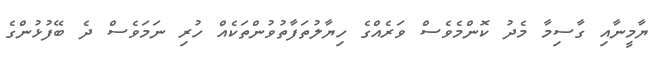
ޔާމީނާއި ގާސިމާ މެދު ކޮންމެވެސް ވަރެއްގެ ހިޔާލުތަފާތުވުންތަކެއް ހުރި ނަމަވެސް ދެ ބޭފުޅުންގެ